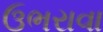
ઉભરાવા